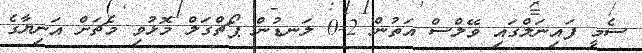
ސެމީ ފައިނަލްގައި ވޭލްސް އަތުން 2-0 ލަނޑުން ޕޯޗްގަލް މޮޅުވި މެޗަށް އަނިޔާގެ